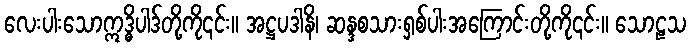
လေးပါးသောဣဒ္ဓိပါဒ်တို့ကို၎င်း။ အဋ္ဌပဒါနိ၊ ဆန္ဒစသားရှစ်ပါးအကြောင်းတို့ကို၎င်း။ သောဠသ